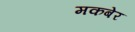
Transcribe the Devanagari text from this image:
मकबेर